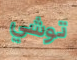
توشي